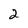
Character: 2